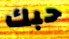
حبك